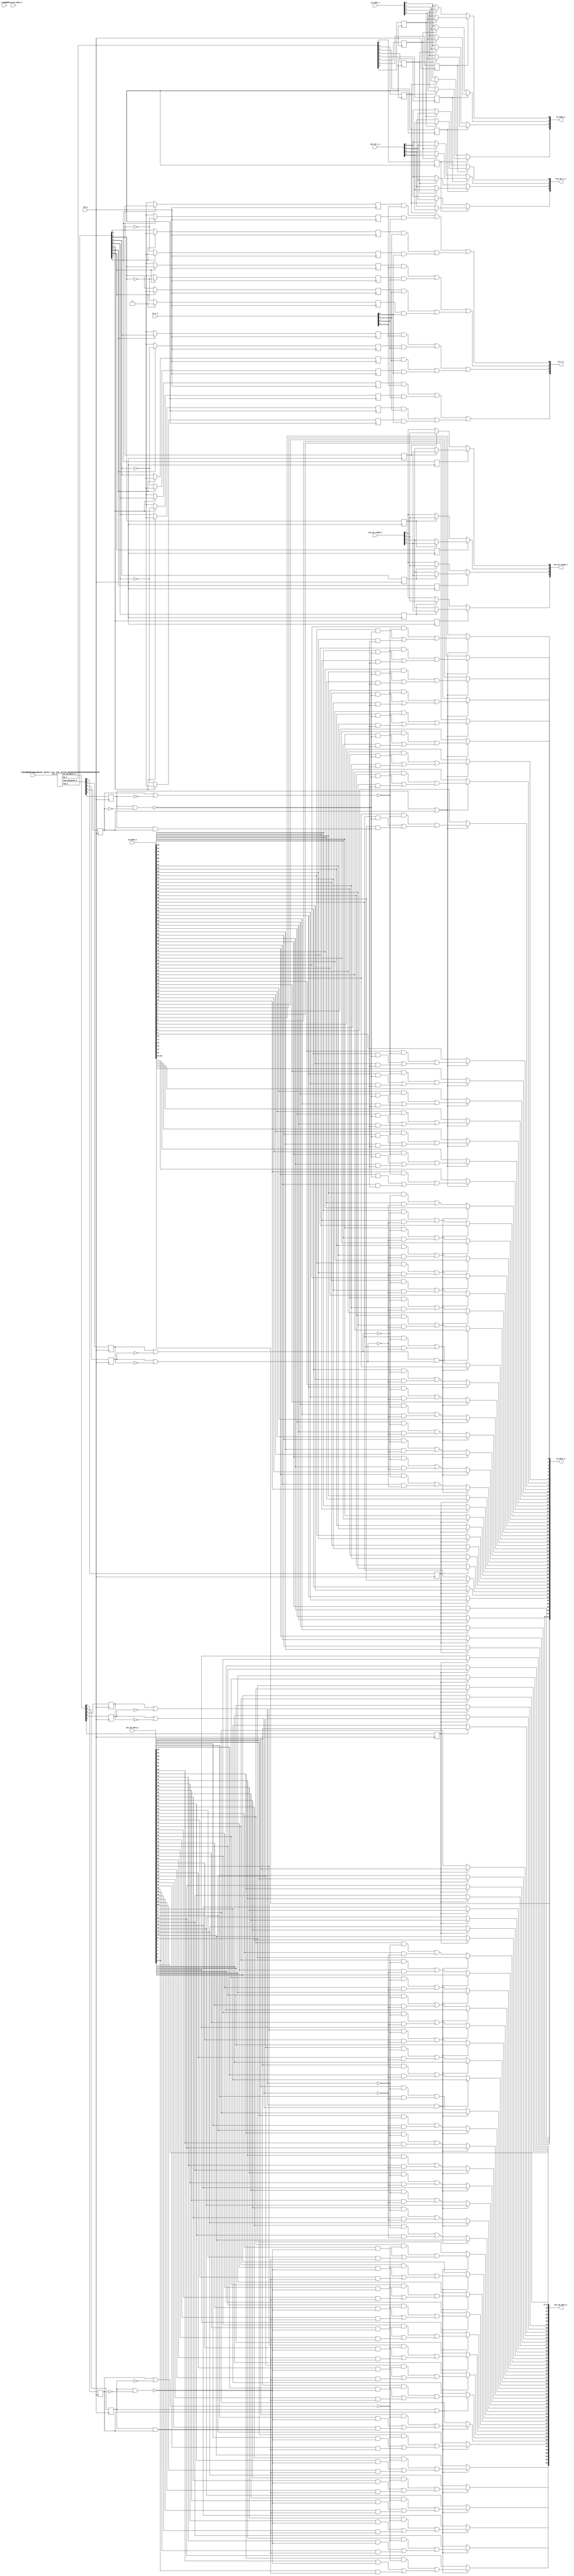
/* Generated by Yosys 0.27+9 (git sha1 101d19bb6, gcc 11.2.0-7ubuntu2 -fPIC -Os) */


module \$paramod\bsg_scatter_gather\vec_size_lp=s32'00000000000000000000000000000100 (vec_i, fwd_o, fwd_datapath_o, bk_o, bk_datapath_o);
  wire _00_;
  wire _01_;
  wire _02_;
  wire _03_;
  wire _04_;
  wire _05_;
  wire _06_;
  wire _07_;
  wire _08_;
  wire _09_;
  wire _10_;
  wire _11_;
  wire _12_;
  wire _13_;
  wire _14_;
  wire _15_;
  wire _16_;
  
  output [7:0] bk_datapath_o;
  wire [7:0] bk_datapath_o;
  
  output [7:0] bk_o;
  wire [7:0] bk_o;
  
  output [7:0] fwd_datapath_o;
  wire [7:0] fwd_datapath_o;
  
  output [7:0] fwd_o;
  wire [7:0] fwd_o;
  
  input [3:0] vec_i;
  wire [3:0] vec_i;
  assign bk_o[1] = ~vec_i[0];
  assign fwd_o[3] = ~(vec_i[1] & vec_i[0]);
  assign bk_datapath_o[5] = vec_i[2] & ~(fwd_o[3]);
  assign bk_datapath_o[2] = vec_i[1] & vec_i[0];
  assign _00_ = ~vec_i[3];
  assign _01_ = ~vec_i[2];
  assign _02_ = vec_i[1] ^ vec_i[0];
  assign _03_ = ~(vec_i[1] ^ vec_i[0]);
  assign _04_ = vec_i[2] ? _03_ : _02_;
  assign bk_datapath_o[6] = _04_ & ~(_00_);
  assign _05_ = vec_i[1] | vec_i[0];
  assign _06_ = vec_i[2] ? _05_ : bk_datapath_o[2];
  assign bk_datapath_o[7] = _06_ & ~(_00_);
  assign bk_o[4] = ~(_03_ & vec_i[2]);
  assign bk_o[5] = bk_datapath_o[2] | _01_;
  assign fwd_o[1] = ~(vec_i[1] | vec_i[0]);
  assign bk_o[2] = vec_i[0] | ~(vec_i[1]);
  assign _07_ = _03_ | _01_;
  assign _08_ = vec_i[2] ? _03_ : _05_;
  assign fwd_o[2] = vec_i[3] ? _08_ : _07_;
  assign _09_ = fwd_o[3] | _01_;
  assign _10_ = vec_i[2] ? fwd_o[3] : bk_datapath_o[2];
  assign fwd_o[4] = vec_i[3] ? _10_ : _09_;
  assign _11_ = _05_ | _01_;
  assign fwd_o[5] = _11_ | _00_;
  assign _12_ = bk_o[2] & ~(_01_);
  assign fwd_o[6] = _12_ | _00_;
  assign fwd_o[7] = bk_o[5] | _00_;
  assign bk_o[6] = _04_ | _00_;
  assign bk_o[7] = _06_ | _00_;
  assign _13_ = vec_i[1] & ~(vec_i[0]);
  assign fwd_o[0] = vec_i[2] ? _13_ : bk_o[1];
  assign fwd_datapath_o[0] = vec_i[3] ? fwd_o[0] : _13_;
  assign _14_ = vec_i[2] & ~(_05_);
  assign fwd_datapath_o[1] = vec_i[3] ? fwd_o[1] : _14_;
  assign _15_ = vec_i[2] ? _05_ : _03_;
  assign fwd_datapath_o[3] = vec_i[3] & ~(_15_);
  assign _16_ = vec_i[2] ? _03_ : fwd_o[3];
  assign fwd_datapath_o[4] = vec_i[3] & ~(_16_);
  assign bk_datapath_o[4] = vec_i[2] & ~(_03_);
  assign bk_o[3] = ~vec_i[1];
  assign { bk_datapath_o[3], bk_datapath_o[1:0] } = 3'h0;
  assign bk_o[0] = bk_o[1];
  assign { fwd_datapath_o[7:5], fwd_datapath_o[2] } = { 3'h0, bk_datapath_o[4] };
endmodule

(* top =  1  *)

module bsg_sbox(clk_i, reset_i, calibration_done_i, channel_active_i, in_v_i, in_data_i, in_yumi_o, in_v_o, in_data_o, in_yumi_i, out_me_v_i, out_me_data_i, out_me_ready_o, out_me_v_o, out_me_data_o, out_me_ready_i);
  wire _000_;
  wire _001_;
  wire _002_;
  wire _003_;
  wire _004_;
  wire _005_;
  wire _006_;
  wire _007_;
  wire _008_;
  wire _009_;
  wire _010_;
  wire _011_;
  wire _012_;
  wire _013_;
  wire _014_;
  wire _015_;
  wire _016_;
  wire _017_;
  wire _018_;
  wire _019_;
  wire _020_;
  wire _021_;
  wire _022_;
  wire _023_;
  wire _024_;
  wire _025_;
  wire _026_;
  wire _027_;
  wire _028_;
  wire _029_;
  wire _030_;
  wire _031_;
  wire _032_;
  wire _033_;
  wire _034_;
  wire _035_;
  wire _036_;
  wire _037_;
  wire _038_;
  wire _039_;
  wire _040_;
  wire _041_;
  wire _042_;
  wire _043_;
  wire _044_;
  wire _045_;
  wire _046_;
  wire _047_;
  wire _048_;
  wire _049_;
  wire _050_;
  wire _051_;
  wire _052_;
  wire _053_;
  wire _054_;
  wire _055_;
  wire _056_;
  wire _057_;
  wire _058_;
  wire _059_;
  wire _060_;
  wire _061_;
  wire _062_;
  wire _063_;
  wire _064_;
  wire _065_;
  wire _066_;
  wire _067_;
  wire _068_;
  wire _069_;
  wire _070_;
  wire _071_;
  wire _072_;
  wire _073_;
  wire _074_;
  wire _075_;
  wire _076_;
  wire _077_;
  wire _078_;
  wire _079_;
  wire _080_;
  wire _081_;
  wire _082_;
  wire _083_;
  wire _084_;
  wire _085_;
  wire _086_;
  wire _087_;
  wire _088_;
  wire _089_;
  wire _090_;
  wire _091_;
  wire _092_;
  wire _093_;
  wire _094_;
  wire _095_;
  wire _096_;
  wire _097_;
  wire _098_;
  wire _099_;
  wire _100_;
  wire _101_;
  wire _102_;
  wire _103_;
  wire _104_;
  wire _105_;
  wire _106_;
  wire _107_;
  wire _108_;
  wire _109_;
  wire _110_;
  wire _111_;
  wire _112_;
  wire _113_;
  wire _114_;
  wire _115_;
  wire _116_;
  wire _117_;
  wire _118_;
  wire _119_;
  wire _120_;
  wire _121_;
  wire _122_;
  wire _123_;
  wire _124_;
  wire _125_;
  wire _126_;
  wire _127_;
  wire _128_;
  wire _129_;
  wire _130_;
  wire _131_;
  wire _132_;
  wire _133_;
  wire _134_;
  wire _135_;
  wire _136_;
  wire _137_;
  wire _138_;
  wire _139_;
  wire _140_;
  wire _141_;
  wire _142_;
  wire _143_;
  wire _144_;
  wire _145_;
  wire _146_;
  wire _147_;
  wire _148_;
  wire _149_;
  wire _150_;
  wire _151_;
  wire _152_;
  wire _153_;
  wire _154_;
  wire _155_;
  wire _156_;
  wire _157_;
  wire _158_;
  wire _159_;
  wire _160_;
  wire _161_;
  wire _162_;
  wire _163_;
  wire _164_;
  wire _165_;
  wire _166_;
  wire _167_;
  wire _168_;
  wire _169_;
  wire _170_;
  wire _171_;
  wire _172_;
  wire _173_;
  wire _174_;
  wire _175_;
  wire _176_;
  wire _177_;
  wire _178_;
  wire _179_;
  wire _180_;
  wire _181_;
  wire _182_;
  wire _183_;
  wire _184_;
  wire _185_;
  wire _186_;
  wire _187_;
  wire _188_;
  wire _189_;
  wire _190_;
  wire _191_;
  wire _192_;
  wire _193_;
  wire _194_;
  wire _195_;
  wire _196_;
  wire _197_;
  wire _198_;
  wire _199_;
  wire _200_;
  wire _201_;
  wire _202_;
  wire _203_;
  wire _204_;
  wire _205_;
  wire _206_;
  wire _207_;
  wire _208_;
  wire _209_;
  wire _210_;
  wire _211_;
  wire _212_;
  wire _213_;
  wire _214_;
  wire _215_;
  wire _216_;
  wire _217_;
  wire _218_;
  wire _219_;
  wire _220_;
  wire _221_;
  wire _222_;
  wire _223_;
  wire _224_;
  wire _225_;
  wire _226_;
  wire _227_;
  wire _228_;
  wire _229_;
  wire _230_;
  wire _231_;
  wire _232_;
  wire _233_;
  wire _234_;
  wire _235_;
  wire _236_;
  wire _237_;
  wire _238_;
  wire _239_;
  wire _240_;
  wire _241_;
  wire _242_;
  wire _243_;
  wire _244_;
  wire _245_;
  wire _246_;
  wire _247_;
  wire _248_;
  wire _249_;
  wire _250_;
  wire _251_;
  wire _252_;
  wire _253_;
  wire _254_;
  wire _255_;
  wire _256_;
  wire _257_;
  wire _258_;
  wire _259_;
  wire _260_;
  wire _261_;
  wire _262_;
  wire _263_;
  wire _264_;
  wire _265_;
  wire _266_;
  wire _267_;
  wire _268_;
  wire _269_;
  wire _270_;
  wire _271_;
  wire _272_;
  wire _273_;
  wire _274_;
  wire _275_;
  wire _276_;
  wire _277_;
  wire _278_;
  wire _279_;
  wire _280_;
  wire _281_;
  wire _282_;
  wire _283_;
  wire _284_;
  wire _285_;
  wire _286_;
  wire _287_;
  wire _288_;
  wire _289_;
  wire _290_;
  wire _291_;
  wire _292_;
  wire _293_;
  wire _294_;
  wire _295_;
  wire _296_;
  wire _297_;
  wire _298_;
  wire _299_;
  wire _300_;
  wire _301_;
  wire _302_;
  wire _303_;
  wire _304_;
  wire _305_;
  wire _306_;
  wire _307_;
  wire _308_;
  wire _309_;
  wire _310_;
  wire _311_;
  wire _312_;
  wire _313_;
  wire _314_;
  wire _315_;
  wire _316_;
  wire _317_;
  
  wire _318_;
  
  wire _319_;
  
  wire _320_;
  
  wire _321_;
  
  (* unused_bits = "0 1 3" *)
  wire [7:0] bk_dpath_sel;
  
  (* unused_bits = "0 1 3" *)
  wire [7:0] bk_dpath_sel_r;
  
  wire [7:0] bk_sel;
  
  reg [7:0] bk_sel_r;
  
  input calibration_done_i;
  wire calibration_done_i;
  
  input [3:0] channel_active_i;
  wire [3:0] channel_active_i;
  
  input clk_i;
  wire clk_i;
  
  (* unused_bits = "5 6 7" *)
  wire [7:0] fwd_dpath_sel;
  (* unused_bits = "5 6" *)
  wire [6:0] fwd_dpath_sel_r;
  
  wire [7:0] fwd_sel;
  
  reg [7:0] fwd_sel_r;
  
  input [63:0] in_data_i;
  wire [63:0] in_data_i;
  
  output [63:0] in_data_o;
  wire [63:0] in_data_o;
  
  wire [15:0] \in_data_o_int[0] ;
  
  wire [15:0] \in_data_o_int[1] ;
  
  wire [15:0] \in_data_o_int[2] ;
  
  wire [15:0] \in_data_o_int[3] ;
  
  input [3:0] in_v_i;
  wire [3:0] in_v_i;
  
  output [3:0] in_v_o;
  wire [3:0] in_v_o;
  
  wire [3:0] in_v_o_int;
  
  input [3:0] in_yumi_i;
  wire [3:0] in_yumi_i;
  
  wire [3:0] in_yumi_i_int;
  
  output [3:0] in_yumi_o;
  wire [3:0] in_yumi_o;
  
  input [63:0] out_me_data_i;
  wire [63:0] out_me_data_i;
  
  wire [15:0] \out_me_data_i_int[0] ;
  
  wire [15:0] \out_me_data_i_int[1] ;
  
  wire [15:0] \out_me_data_i_int[2] ;
  
  wire [15:0] \out_me_data_i_int[3] ;
  
  output [63:0] out_me_data_o;
  wire [63:0] out_me_data_o;
  
  input [3:0] out_me_ready_i;
  wire [3:0] out_me_ready_i;
  
  output [3:0] out_me_ready_o;
  wire [3:0] out_me_ready_o;
  
  wire [3:0] out_me_ready_o_int;
  
  input [3:0] out_me_v_i;
  wire [3:0] out_me_v_i;
  
  wire [3:0] out_me_v_i_int;
  
  output [3:0] out_me_v_o;
  wire [3:0] out_me_v_o;
  
  input reset_i;
  wire reset_i;
  
  wire [15:0] \sbox[0].backward[0] ;
  reg [3:0] \sbox[0].fi1hot.fwd_sel_one_hot_r ;
  
  wire [15:0] \sbox[0].forward[0] ;
  
  wire [15:0] \sbox[0].forward[1] ;
  
  wire [15:0] \sbox[0].forward[2] ;
  
  wire [15:0] \sbox[0].forward[3] ;
  
  wire [15:0] \sbox[1].backward[0] ;
  
  wire [15:0] \sbox[1].backward[1] ;
  wire [7:0] \sbox[1].fi1hot.fwd_sel_one_hot_r ;
  
  wire [15:0] \sbox[1].forward[0] ;
  
  wire [15:0] \sbox[1].forward[1] ;
  
  wire [15:0] \sbox[1].forward[2] ;
  
  wire [15:0] \sbox[2].backward[0] ;
  
  wire [15:0] \sbox[2].backward[1] ;
  
  wire [15:0] \sbox[2].backward[2] ;
  
  wire [15:0] \sbox[2].fi1hot.fwd_sel_one_hot_r ;
  
  wire [15:0] \sbox[2].forward[0] ;
  
  wire [15:0] \sbox[2].forward[1] ;
  
  wire [15:0] \sbox[3].backward[0] ;
  
  wire [15:0] \sbox[3].backward[1] ;
  
  wire [15:0] \sbox[3].backward[2] ;
  
  wire [15:0] \sbox[3].backward[3] ;
  
  wire [15:0] \sbox[3].fi1hot.fwd_sel_one_hot_r ;
  
  wire [15:0] \sbox[3].forward[0] ;
  assign _000_ = \sbox[0].fi1hot.fwd_sel_one_hot_r [0] & in_v_i[0];
  assign _001_ = \sbox[0].fi1hot.fwd_sel_one_hot_r [1] & in_v_i[1];
  assign _002_ = _001_ | _000_;
  assign _003_ = \sbox[0].fi1hot.fwd_sel_one_hot_r [2] & in_v_i[2];
  assign _004_ = \sbox[0].fi1hot.fwd_sel_one_hot_r [3] & in_v_i[3];
  assign _005_ = _004_ | _003_;
  assign in_v_o[0] = _005_ | _002_;
  assign _006_ = \sbox[1].fi1hot.fwd_sel_one_hot_r [4] & in_v_i[0];
  assign _007_ = \sbox[1].fi1hot.fwd_sel_one_hot_r [5] & in_v_i[1];
  assign _008_ = _007_ | _006_;
  assign _009_ = \sbox[1].fi1hot.fwd_sel_one_hot_r [6] & in_v_i[2];
  assign _010_ = \sbox[1].fi1hot.fwd_sel_one_hot_r [7] & in_v_i[3];
  assign _011_ = _010_ | _009_;
  assign in_v_o[1] = _011_ | _008_;
  assign _012_ = \sbox[2].fi1hot.fwd_sel_one_hot_r [8] & in_v_i[0];
  assign _013_ = \sbox[2].fi1hot.fwd_sel_one_hot_r [9] & in_v_i[1];
  assign _014_ = _013_ | _012_;
  assign _015_ = \sbox[2].fi1hot.fwd_sel_one_hot_r [10] & in_v_i[2];
  assign _016_ = \sbox[2].fi1hot.fwd_sel_one_hot_r [11] & in_v_i[3];
  assign _017_ = _016_ | _015_;
  assign in_v_o[2] = _017_ | _014_;
  assign _018_ = \sbox[3].fi1hot.fwd_sel_one_hot_r [12] & in_v_i[0];
  assign _019_ = \sbox[3].fi1hot.fwd_sel_one_hot_r [13] & in_v_i[1];
  assign _020_ = _019_ | _018_;
  assign _021_ = \sbox[3].fi1hot.fwd_sel_one_hot_r [14] & in_v_i[2];
  assign _022_ = \sbox[3].fi1hot.fwd_sel_one_hot_r [15] & in_v_i[3];
  assign _023_ = _022_ | _021_;
  assign in_v_o[3] = _023_ | _020_;
  assign _024_ = bk_dpath_sel_r[4] | ~(bk_dpath_sel_r[5]);
  assign _025_ = bk_dpath_sel_r[5] | ~(bk_dpath_sel_r[4]);
  assign _026_ = _025_ & _024_;
  assign _027_ = out_me_data_i[39] & ~(_024_);
  assign _028_ = out_me_data_i[23] & ~(_025_);
  assign _029_ = _028_ | _027_;
  assign out_me_data_o[39] = _026_ ? out_me_data_i[7] : _029_;
  assign _030_ = out_me_data_i[40] & ~(_024_);
  assign _031_ = out_me_data_i[24] & ~(_025_);
  assign _032_ = _031_ | _030_;
  assign out_me_data_o[40] = _026_ ? out_me_data_i[8] : _032_;
  assign _033_ = out_me_data_i[41] & ~(_024_);
  assign _034_ = out_me_data_i[25] & ~(_025_);
  assign _035_ = _034_ | _033_;
  assign out_me_data_o[41] = _026_ ? out_me_data_i[9] : _035_;
  assign _036_ = out_me_data_i[42] & ~(_024_);
  assign _037_ = out_me_data_i[26] & ~(_025_);
  assign _038_ = _037_ | _036_;
  assign out_me_data_o[42] = _026_ ? out_me_data_i[10] : _038_;
  assign _039_ = out_me_data_i[43] & ~(_024_);
  assign _040_ = out_me_data_i[27] & ~(_025_);
  assign _041_ = _040_ | _039_;
  assign out_me_data_o[43] = _026_ ? out_me_data_i[11] : _041_;
  assign _042_ = out_me_data_i[44] & ~(_024_);
  assign _043_ = out_me_data_i[28] & ~(_025_);
  assign _044_ = _043_ | _042_;
  assign out_me_data_o[44] = _026_ ? out_me_data_i[12] : _044_;
  assign _045_ = out_me_data_i[45] & ~(_024_);
  assign _046_ = out_me_data_i[29] & ~(_025_);
  assign _047_ = _046_ | _045_;
  assign out_me_data_o[45] = _026_ ? out_me_data_i[13] : _047_;
  assign _048_ = out_me_data_i[46] & ~(_024_);
  assign _049_ = out_me_data_i[30] & ~(_025_);
  assign _050_ = _049_ | _048_;
  assign out_me_data_o[46] = _026_ ? out_me_data_i[14] : _050_;
  assign _051_ = out_me_data_i[47] & ~(_024_);
  assign _052_ = out_me_data_i[31] & ~(_025_);
  assign _053_ = _052_ | _051_;
  assign out_me_data_o[47] = _026_ ? out_me_data_i[15] : _053_;
  assign _054_ = fwd_dpath_sel_r[2] | ~(fwd_dpath_sel_r[3]);
  assign _055_ = fwd_dpath_sel_r[3] | ~(fwd_dpath_sel_r[2]);
  assign _056_ = _055_ & _054_;
  assign _057_ = in_data_i[48] & ~(_054_);
  assign _058_ = in_data_i[32] & ~(_055_);
  assign _059_ = _058_ | _057_;
  assign in_data_o[16] = _056_ ? in_data_i[16] : _059_;
  assign _060_ = in_data_i[49] & ~(_054_);
  assign _061_ = in_data_i[33] & ~(_055_);
  assign _062_ = _061_ | _060_;
  assign in_data_o[17] = _056_ ? in_data_i[17] : _062_;
  assign _063_ = in_data_i[50] & ~(_054_);
  assign _064_ = in_data_i[34] & ~(_055_);
  assign _065_ = _064_ | _063_;
  assign in_data_o[18] = _056_ ? in_data_i[18] : _065_;
  assign _066_ = in_data_i[51] & ~(_054_);
  assign _067_ = in_data_i[35] & ~(_055_);
  assign _068_ = _067_ | _066_;
  assign in_data_o[19] = _056_ ? in_data_i[19] : _068_;
  assign _069_ = in_data_i[52] & ~(_054_);
  assign _070_ = in_data_i[36] & ~(_055_);
  assign _071_ = _070_ | _069_;
  assign in_data_o[20] = _056_ ? in_data_i[20] : _071_;
  assign _072_ = in_data_i[53] & ~(_054_);
  assign _073_ = in_data_i[37] & ~(_055_);
  assign _074_ = _073_ | _072_;
  assign in_data_o[21] = _056_ ? in_data_i[21] : _074_;
  assign _075_ = in_data_i[54] & ~(_054_);
  assign _076_ = in_data_i[38] & ~(_055_);
  assign _077_ = _076_ | _075_;
  assign in_data_o[22] = _056_ ? in_data_i[22] : _077_;
  assign _078_ = in_data_i[55] & ~(_054_);
  assign _079_ = in_data_i[39] & ~(_055_);
  assign _080_ = _079_ | _078_;
  assign in_data_o[23] = _056_ ? in_data_i[23] : _080_;
  assign _081_ = in_data_i[56] & ~(_054_);
  assign _082_ = in_data_i[40] & ~(_055_);
  assign _083_ = _082_ | _081_;
  assign in_data_o[24] = _056_ ? in_data_i[24] : _083_;
  assign _084_ = in_data_i[57] & ~(_054_);
  assign _085_ = in_data_i[41] & ~(_055_);
  assign _086_ = _085_ | _084_;
  assign in_data_o[25] = _056_ ? in_data_i[25] : _086_;
  assign _087_ = in_data_i[58] & ~(_054_);
  assign _088_ = in_data_i[42] & ~(_055_);
  assign _089_ = _088_ | _087_;
  assign in_data_o[26] = _056_ ? in_data_i[26] : _089_;
  assign _090_ = in_data_i[59] & ~(_054_);
  assign _091_ = in_data_i[43] & ~(_055_);
  assign _092_ = _091_ | _090_;
  assign in_data_o[27] = _056_ ? in_data_i[27] : _092_;
  assign _093_ = in_data_i[60] & ~(_054_);
  assign _094_ = in_data_i[44] & ~(_055_);
  assign _095_ = _094_ | _093_;
  assign in_data_o[28] = _056_ ? in_data_i[28] : _095_;
  assign _096_ = in_data_i[61] & ~(_054_);
  assign _097_ = in_data_i[45] & ~(_055_);
  assign _098_ = _097_ | _096_;
  assign in_data_o[29] = _056_ ? in_data_i[29] : _098_;
  assign _099_ = in_data_i[62] & ~(_054_);
  assign _100_ = in_data_i[46] & ~(_055_);
  assign _101_ = _100_ | _099_;
  assign in_data_o[30] = _056_ ? in_data_i[30] : _101_;
  assign _102_ = in_data_i[63] & ~(_054_);
  assign _103_ = in_data_i[47] & ~(_055_);
  assign _104_ = _103_ | _102_;
  assign in_data_o[31] = _056_ ? in_data_i[31] : _104_;
  assign _105_ = ~(fwd_dpath_sel_r[0] | fwd_dpath_sel_r[1]);
  assign _106_ = ~(fwd_dpath_sel_r[0] & fwd_dpath_sel_r[1]);
  assign _107_ = in_data_i[48] & ~(_106_);
  assign _108_ = fwd_dpath_sel_r[0] | ~(fwd_dpath_sel_r[1]);
  assign _109_ = in_data_i[32] & ~(_108_);
  assign _110_ = _109_ | _107_;
  assign _111_ = fwd_dpath_sel_r[1] | ~(fwd_dpath_sel_r[0]);
  assign _112_ = in_data_i[16] & ~(_111_);
  assign _113_ = _112_ | _110_;
  assign in_data_o[0] = _105_ ? in_data_i[0] : _113_;
  assign _114_ = in_data_i[49] & ~(_106_);
  assign _115_ = in_data_i[33] & ~(_108_);
  assign _116_ = _115_ | _114_;
  assign _117_ = in_data_i[17] & ~(_111_);
  assign _118_ = _117_ | _116_;
  assign in_data_o[1] = _105_ ? in_data_i[1] : _118_;
  assign _119_ = in_data_i[50] & ~(_106_);
  assign _120_ = in_data_i[34] & ~(_108_);
  assign _121_ = _120_ | _119_;
  assign _122_ = in_data_i[18] & ~(_111_);
  assign _123_ = _122_ | _121_;
  assign in_data_o[2] = _105_ ? in_data_i[2] : _123_;
  assign _124_ = in_data_i[51] & ~(_106_);
  assign _125_ = in_data_i[35] & ~(_108_);
  assign _126_ = _125_ | _124_;
  assign _127_ = in_data_i[19] & ~(_111_);
  assign _128_ = _127_ | _126_;
  assign in_data_o[3] = _105_ ? in_data_i[3] : _128_;
  assign _129_ = in_data_i[52] & ~(_106_);
  assign _130_ = in_data_i[36] & ~(_108_);
  assign _131_ = _130_ | _129_;
  assign _132_ = in_data_i[20] & ~(_111_);
  assign _133_ = _132_ | _131_;
  assign in_data_o[4] = _105_ ? in_data_i[4] : _133_;
  assign _134_ = in_data_i[53] & ~(_106_);
  assign _135_ = in_data_i[37] & ~(_108_);
  assign _136_ = _135_ | _134_;
  assign _137_ = in_data_i[21] & ~(_111_);
  assign _138_ = _137_ | _136_;
  assign in_data_o[5] = _105_ ? in_data_i[5] : _138_;
  assign _139_ = in_data_i[54] & ~(_106_);
  assign _140_ = in_data_i[38] & ~(_108_);
  assign _141_ = _140_ | _139_;
  assign _142_ = in_data_i[22] & ~(_111_);
  assign _143_ = _142_ | _141_;
  assign in_data_o[6] = _105_ ? in_data_i[6] : _143_;
  assign _144_ = in_data_i[55] & ~(_106_);
  assign _145_ = in_data_i[39] & ~(_108_);
  assign _146_ = _145_ | _144_;
  assign _147_ = in_data_i[23] & ~(_111_);
  assign _148_ = _147_ | _146_;
  assign in_data_o[7] = _105_ ? in_data_i[7] : _148_;
  assign _149_ = in_data_i[56] & ~(_106_);
  assign _150_ = in_data_i[40] & ~(_108_);
  assign _151_ = _150_ | _149_;
  assign _152_ = in_data_i[24] & ~(_111_);
  assign _153_ = _152_ | _151_;
  assign in_data_o[8] = _105_ ? in_data_i[8] : _153_;
  assign _154_ = in_data_i[57] & ~(_106_);
  assign _155_ = in_data_i[41] & ~(_108_);
  assign _156_ = _155_ | _154_;
  assign _157_ = in_data_i[25] & ~(_111_);
  assign _158_ = _157_ | _156_;
  assign in_data_o[9] = _105_ ? in_data_i[9] : _158_;
  assign _159_ = in_data_i[58] & ~(_106_);
  assign _160_ = in_data_i[42] & ~(_108_);
  assign _161_ = _160_ | _159_;
  assign _162_ = in_data_i[26] & ~(_111_);
  assign _163_ = _162_ | _161_;
  assign in_data_o[10] = _105_ ? in_data_i[10] : _163_;
  assign _164_ = in_data_i[59] & ~(_106_);
  assign _165_ = in_data_i[43] & ~(_108_);
  assign _166_ = _165_ | _164_;
  assign _167_ = in_data_i[27] & ~(_111_);
  assign _168_ = _167_ | _166_;
  assign in_data_o[11] = _105_ ? in_data_i[11] : _168_;
  assign _169_ = in_data_i[60] & ~(_106_);
  assign _170_ = in_data_i[44] & ~(_108_);
  assign _171_ = _170_ | _169_;
  assign _172_ = in_data_i[28] & ~(_111_);
  assign _173_ = _172_ | _171_;
  assign in_data_o[12] = _105_ ? in_data_i[12] : _173_;
  assign _174_ = in_data_i[61] & ~(_106_);
  assign _175_ = in_data_i[45] & ~(_108_);
  assign _176_ = _175_ | _174_;
  assign _177_ = in_data_i[29] & ~(_111_);
  assign _178_ = _177_ | _176_;
  assign in_data_o[13] = _105_ ? in_data_i[13] : _178_;
  assign _179_ = in_data_i[62] & ~(_106_);
  assign _180_ = in_data_i[46] & ~(_108_);
  assign _181_ = _180_ | _179_;
  assign _182_ = in_data_i[30] & ~(_111_);
  assign _183_ = _182_ | _181_;
  assign in_data_o[14] = _105_ ? in_data_i[14] : _183_;
  assign _184_ = in_data_i[63] & ~(_106_);
  assign _185_ = in_data_i[47] & ~(_108_);
  assign _186_ = _185_ | _184_;
  assign _187_ = in_data_i[31] & ~(_111_);
  assign _188_ = _187_ | _186_;
  assign in_data_o[15] = _105_ ? in_data_i[15] : _188_;
  assign out_me_data_o[16] = bk_dpath_sel_r[2] ? out_me_data_i[16] : out_me_data_i[0];
  assign out_me_data_o[17] = bk_dpath_sel_r[2] ? out_me_data_i[17] : out_me_data_i[1];
  assign out_me_data_o[18] = bk_dpath_sel_r[2] ? out_me_data_i[18] : out_me_data_i[2];
  assign out_me_data_o[19] = bk_dpath_sel_r[2] ? out_me_data_i[19] : out_me_data_i[3];
  assign out_me_data_o[20] = bk_dpath_sel_r[2] ? out_me_data_i[20] : out_me_data_i[4];
  assign out_me_data_o[21] = bk_dpath_sel_r[2] ? out_me_data_i[21] : out_me_data_i[5];
  assign out_me_data_o[22] = bk_dpath_sel_r[2] ? out_me_data_i[22] : out_me_data_i[6];
  assign out_me_data_o[23] = bk_dpath_sel_r[2] ? out_me_data_i[23] : out_me_data_i[7];
  assign out_me_data_o[24] = bk_dpath_sel_r[2] ? out_me_data_i[24] : out_me_data_i[8];
  assign out_me_data_o[25] = bk_dpath_sel_r[2] ? out_me_data_i[25] : out_me_data_i[9];
  assign out_me_data_o[26] = bk_dpath_sel_r[2] ? out_me_data_i[26] : out_me_data_i[10];
  assign out_me_data_o[27] = bk_dpath_sel_r[2] ? out_me_data_i[27] : out_me_data_i[11];
  assign out_me_data_o[28] = bk_dpath_sel_r[2] ? out_me_data_i[28] : out_me_data_i[12];
  assign out_me_data_o[29] = bk_dpath_sel_r[2] ? out_me_data_i[29] : out_me_data_i[13];
  assign out_me_data_o[30] = bk_dpath_sel_r[2] ? out_me_data_i[30] : out_me_data_i[14];
  assign out_me_data_o[31] = bk_dpath_sel_r[2] ? out_me_data_i[31] : out_me_data_i[15];
  assign in_data_o[32] = fwd_dpath_sel_r[4] ? in_data_i[48] : in_data_i[32];
  assign in_data_o[33] = fwd_dpath_sel_r[4] ? in_data_i[49] : in_data_i[33];
  assign in_data_o[34] = fwd_dpath_sel_r[4] ? in_data_i[50] : in_data_i[34];
  assign in_data_o[35] = fwd_dpath_sel_r[4] ? in_data_i[51] : in_data_i[35];
  assign in_data_o[36] = fwd_dpath_sel_r[4] ? in_data_i[52] : in_data_i[36];
  assign in_data_o[37] = fwd_dpath_sel_r[4] ? in_data_i[53] : in_data_i[37];
  assign in_data_o[38] = fwd_dpath_sel_r[4] ? in_data_i[54] : in_data_i[38];
  assign in_data_o[39] = fwd_dpath_sel_r[4] ? in_data_i[55] : in_data_i[39];
  assign in_data_o[40] = fwd_dpath_sel_r[4] ? in_data_i[56] : in_data_i[40];
  assign in_data_o[41] = fwd_dpath_sel_r[4] ? in_data_i[57] : in_data_i[41];
  assign in_data_o[42] = fwd_dpath_sel_r[4] ? in_data_i[58] : in_data_i[42];
  assign in_data_o[43] = fwd_dpath_sel_r[4] ? in_data_i[59] : in_data_i[43];
  assign in_data_o[44] = fwd_dpath_sel_r[4] ? in_data_i[60] : in_data_i[44];
  assign in_data_o[45] = fwd_dpath_sel_r[4] ? in_data_i[61] : in_data_i[45];
  assign in_data_o[46] = fwd_dpath_sel_r[4] ? in_data_i[62] : in_data_i[46];
  assign in_data_o[47] = fwd_dpath_sel_r[4] ? in_data_i[63] : in_data_i[47];
  assign _189_ = bk_sel_r[0] ? in_yumi_i[1] : in_yumi_i[0];
  assign _190_ = bk_sel_r[0] ? in_yumi_i[3] : in_yumi_i[2];
  assign in_yumi_o[0] = bk_sel_r[1] ? _190_ : _189_;
  assign _191_ = bk_sel_r[0] ? out_me_v_i[1] : out_me_v_i[0];
  assign _192_ = bk_sel_r[0] ? out_me_v_i[3] : out_me_v_i[2];
  assign out_me_v_o[0] = bk_sel_r[1] ? _192_ : _191_;
  assign _193_ = fwd_sel_r[0] ? out_me_ready_i[1] : out_me_ready_i[0];
  assign _194_ = fwd_sel_r[0] ? out_me_ready_i[3] : out_me_ready_i[2];
  assign out_me_ready_o[0] = fwd_sel_r[1] ? _194_ : _193_;
  assign _195_ = bk_sel_r[2] ? in_yumi_i[1] : in_yumi_i[0];
  assign _196_ = bk_sel_r[2] ? in_yumi_i[3] : in_yumi_i[2];
  assign in_yumi_o[1] = bk_sel_r[3] ? _196_ : _195_;
  assign _197_ = bk_sel_r[2] ? out_me_v_i[1] : out_me_v_i[0];
  assign _198_ = bk_sel_r[2] ? out_me_v_i[3] : out_me_v_i[2];
  assign out_me_v_o[1] = bk_sel_r[3] ? _198_ : _197_;
  assign _199_ = fwd_sel_r[2] ? out_me_ready_i[1] : out_me_ready_i[0];
  assign _200_ = fwd_sel_r[2] ? out_me_ready_i[3] : out_me_ready_i[2];
  assign out_me_ready_o[1] = fwd_sel_r[3] ? _200_ : _199_;
  assign _201_ = bk_sel_r[4] ? in_yumi_i[1] : in_yumi_i[0];
  assign _202_ = bk_sel_r[4] ? in_yumi_i[3] : in_yumi_i[2];
  assign in_yumi_o[2] = bk_sel_r[5] ? _202_ : _201_;
  assign _203_ = bk_sel_r[4] ? out_me_v_i[1] : out_me_v_i[0];
  assign _204_ = bk_sel_r[4] ? out_me_v_i[3] : out_me_v_i[2];
  assign out_me_v_o[2] = bk_sel_r[5] ? _204_ : _203_;
  assign _205_ = fwd_sel_r[4] ? out_me_ready_i[1] : out_me_ready_i[0];
  assign _206_ = fwd_sel_r[4] ? out_me_ready_i[3] : out_me_ready_i[2];
  assign out_me_ready_o[2] = fwd_sel_r[5] ? _206_ : _205_;
  assign _207_ = bk_sel_r[6] ? in_yumi_i[1] : in_yumi_i[0];
  assign _208_ = bk_sel_r[6] ? in_yumi_i[3] : in_yumi_i[2];
  assign in_yumi_o[3] = bk_sel_r[7] ? _208_ : _207_;
  assign _209_ = bk_sel_r[6] ? out_me_v_i[1] : out_me_v_i[0];
  assign _210_ = bk_sel_r[6] ? out_me_v_i[3] : out_me_v_i[2];
  assign out_me_v_o[3] = bk_sel_r[7] ? _210_ : _209_;
  assign _211_ = fwd_sel_r[6] ? out_me_ready_i[1] : out_me_ready_i[0];
  assign _212_ = fwd_sel_r[6] ? out_me_ready_i[3] : out_me_ready_i[2];
  assign out_me_ready_o[3] = fwd_sel_r[7] ? _212_ : _211_;
  assign _213_ = ~(bk_dpath_sel_r[6] | bk_dpath_sel_r[7]);
  assign _214_ = ~(bk_dpath_sel_r[6] & bk_dpath_sel_r[7]);
  assign _215_ = out_me_data_i[48] & ~(_214_);
  assign _216_ = bk_dpath_sel_r[6] | ~(bk_dpath_sel_r[7]);
  assign _217_ = out_me_data_i[32] & ~(_216_);
  assign _218_ = _217_ | _215_;
  assign _219_ = bk_dpath_sel_r[7] | ~(bk_dpath_sel_r[6]);
  assign _220_ = out_me_data_i[16] & ~(_219_);
  assign _221_ = _220_ | _218_;
  assign out_me_data_o[48] = _213_ ? out_me_data_i[0] : _221_;
  assign _222_ = out_me_data_i[49] & ~(_214_);
  assign _223_ = out_me_data_i[33] & ~(_216_);
  assign _224_ = _223_ | _222_;
  assign _225_ = out_me_data_i[17] & ~(_219_);
  assign _226_ = _225_ | _224_;
  assign out_me_data_o[49] = _213_ ? out_me_data_i[1] : _226_;
  assign _227_ = out_me_data_i[50] & ~(_214_);
  assign _228_ = out_me_data_i[34] & ~(_216_);
  assign _229_ = _228_ | _227_;
  assign _230_ = out_me_data_i[18] & ~(_219_);
  assign _231_ = _230_ | _229_;
  assign out_me_data_o[50] = _213_ ? out_me_data_i[2] : _231_;
  assign _232_ = out_me_data_i[51] & ~(_214_);
  assign _233_ = out_me_data_i[35] & ~(_216_);
  assign _234_ = _233_ | _232_;
  assign _235_ = out_me_data_i[19] & ~(_219_);
  assign _236_ = _235_ | _234_;
  assign out_me_data_o[51] = _213_ ? out_me_data_i[3] : _236_;
  assign _237_ = out_me_data_i[52] & ~(_214_);
  assign _238_ = out_me_data_i[36] & ~(_216_);
  assign _239_ = _238_ | _237_;
  assign _240_ = out_me_data_i[20] & ~(_219_);
  assign _241_ = _240_ | _239_;
  assign out_me_data_o[52] = _213_ ? out_me_data_i[4] : _241_;
  assign _242_ = out_me_data_i[53] & ~(_214_);
  assign _243_ = out_me_data_i[37] & ~(_216_);
  assign _244_ = _243_ | _242_;
  assign _245_ = out_me_data_i[21] & ~(_219_);
  assign _246_ = _245_ | _244_;
  assign out_me_data_o[53] = _213_ ? out_me_data_i[5] : _246_;
  assign _247_ = out_me_data_i[54] & ~(_214_);
  assign _248_ = out_me_data_i[38] & ~(_216_);
  assign _249_ = _248_ | _247_;
  assign _250_ = out_me_data_i[22] & ~(_219_);
  assign _251_ = _250_ | _249_;
  assign out_me_data_o[54] = _213_ ? out_me_data_i[6] : _251_;
  assign _252_ = out_me_data_i[55] & ~(_214_);
  assign _253_ = out_me_data_i[39] & ~(_216_);
  assign _254_ = _253_ | _252_;
  assign _255_ = out_me_data_i[23] & ~(_219_);
  assign _256_ = _255_ | _254_;
  assign out_me_data_o[55] = _213_ ? out_me_data_i[7] : _256_;
  assign _257_ = out_me_data_i[56] & ~(_214_);
  assign _258_ = out_me_data_i[40] & ~(_216_);
  assign _259_ = _258_ | _257_;
  assign _260_ = out_me_data_i[24] & ~(_219_);
  assign _261_ = _260_ | _259_;
  assign out_me_data_o[56] = _213_ ? out_me_data_i[8] : _261_;
  assign _262_ = out_me_data_i[57] & ~(_214_);
  assign _263_ = out_me_data_i[41] & ~(_216_);
  assign _264_ = _263_ | _262_;
  assign _265_ = out_me_data_i[25] & ~(_219_);
  assign _266_ = _265_ | _264_;
  assign out_me_data_o[57] = _213_ ? out_me_data_i[9] : _266_;
  assign _267_ = out_me_data_i[58] & ~(_214_);
  assign _268_ = out_me_data_i[42] & ~(_216_);
  assign _269_ = _268_ | _267_;
  assign _270_ = out_me_data_i[26] & ~(_219_);
  assign _271_ = _270_ | _269_;
  assign out_me_data_o[58] = _213_ ? out_me_data_i[10] : _271_;
  assign _272_ = out_me_data_i[59] & ~(_214_);
  assign _273_ = out_me_data_i[43] & ~(_216_);
  assign _274_ = _273_ | _272_;
  assign _275_ = out_me_data_i[27] & ~(_219_);
  assign _276_ = _275_ | _274_;
  assign out_me_data_o[59] = _213_ ? out_me_data_i[11] : _276_;
  assign _277_ = out_me_data_i[60] & ~(_214_);
  assign _278_ = out_me_data_i[44] & ~(_216_);
  assign _279_ = _278_ | _277_;
  assign _280_ = out_me_data_i[28] & ~(_219_);
  assign _281_ = _280_ | _279_;
  assign out_me_data_o[60] = _213_ ? out_me_data_i[12] : _281_;
  assign _282_ = out_me_data_i[61] & ~(_214_);
  assign _283_ = out_me_data_i[45] & ~(_216_);
  assign _284_ = _283_ | _282_;
  assign _285_ = out_me_data_i[29] & ~(_219_);
  assign _286_ = _285_ | _284_;
  assign out_me_data_o[61] = _213_ ? out_me_data_i[13] : _286_;
  assign _287_ = out_me_data_i[62] & ~(_214_);
  assign _288_ = out_me_data_i[46] & ~(_216_);
  assign _289_ = _288_ | _287_;
  assign _290_ = out_me_data_i[30] & ~(_219_);
  assign _291_ = _290_ | _289_;
  assign out_me_data_o[62] = _213_ ? out_me_data_i[14] : _291_;
  assign _292_ = out_me_data_i[63] & ~(_214_);
  assign _293_ = out_me_data_i[47] & ~(_216_);
  assign _294_ = _293_ | _292_;
  assign _295_ = out_me_data_i[31] & ~(_219_);
  assign _296_ = _295_ | _294_;
  assign out_me_data_o[63] = _213_ ? out_me_data_i[15] : _296_;
  assign _297_ = out_me_data_i[32] & ~(_024_);
  assign _298_ = out_me_data_i[16] & ~(_025_);
  assign _299_ = _298_ | _297_;
  assign out_me_data_o[32] = _026_ ? out_me_data_i[0] : _299_;
  assign _300_ = out_me_data_i[33] & ~(_024_);
  assign _301_ = out_me_data_i[17] & ~(_025_);
  assign _302_ = _301_ | _300_;
  assign out_me_data_o[33] = _026_ ? out_me_data_i[1] : _302_;
  assign _303_ = out_me_data_i[34] & ~(_024_);
  assign _304_ = out_me_data_i[18] & ~(_025_);
  assign _305_ = _304_ | _303_;
  assign out_me_data_o[34] = _026_ ? out_me_data_i[2] : _305_;
  assign _306_ = out_me_data_i[35] & ~(_024_);
  assign _307_ = out_me_data_i[19] & ~(_025_);
  assign _308_ = _307_ | _306_;
  assign out_me_data_o[35] = _026_ ? out_me_data_i[3] : _308_;
  assign _309_ = out_me_data_i[36] & ~(_024_);
  assign _310_ = out_me_data_i[20] & ~(_025_);
  assign _311_ = _310_ | _309_;
  assign out_me_data_o[36] = _026_ ? out_me_data_i[4] : _311_;
  assign _312_ = out_me_data_i[37] & ~(_024_);
  assign _313_ = out_me_data_i[21] & ~(_025_);
  assign _314_ = _313_ | _312_;
  assign out_me_data_o[37] = _026_ ? out_me_data_i[5] : _314_;
  assign _315_ = out_me_data_i[38] & ~(_024_);
  assign _316_ = out_me_data_i[22] & ~(_025_);
  assign _317_ = _316_ | _315_;
  assign out_me_data_o[38] = _026_ ? out_me_data_i[6] : _317_;
  assign _318_ = ~fwd_sel[0];
  assign _319_ = ~fwd_sel[2];
  assign _320_ = ~fwd_sel[4];
  assign _321_ = ~fwd_sel[6];
  
  always @(posedge clk_i)
    if (!fwd_sel[1]) \sbox[0].fi1hot.fwd_sel_one_hot_r [3] <= 1'h0;
    else \sbox[0].fi1hot.fwd_sel_one_hot_r [3] <= fwd_sel[0];
  reg \sbox_reg[1].fi1hot.fwd_sel_one_hot_r[7] ;
  
  always @(posedge clk_i)
    if (!fwd_sel[3]) \sbox_reg[1].fi1hot.fwd_sel_one_hot_r[7]  <= 1'h0;
    else \sbox_reg[1].fi1hot.fwd_sel_one_hot_r[7]  <= fwd_sel[2];
  assign \sbox[1].fi1hot.fwd_sel_one_hot_r [7] = \sbox_reg[1].fi1hot.fwd_sel_one_hot_r[7] ;
  reg \sbox_reg[2].fi1hot.fwd_sel_one_hot_r[11] ;
  
  always @(posedge clk_i)
    if (!fwd_sel[5]) \sbox_reg[2].fi1hot.fwd_sel_one_hot_r[11]  <= 1'h0;
    else \sbox_reg[2].fi1hot.fwd_sel_one_hot_r[11]  <= fwd_sel[4];
  assign \sbox[2].fi1hot.fwd_sel_one_hot_r [11] = \sbox_reg[2].fi1hot.fwd_sel_one_hot_r[11] ;
  reg \sbox_reg[3].fi1hot.fwd_sel_one_hot_r[15] ;
  
  always @(posedge clk_i)
    if (!fwd_sel[7]) \sbox_reg[3].fi1hot.fwd_sel_one_hot_r[15]  <= 1'h0;
    else \sbox_reg[3].fi1hot.fwd_sel_one_hot_r[15]  <= fwd_sel[6];
  assign \sbox[3].fi1hot.fwd_sel_one_hot_r [15] = \sbox_reg[3].fi1hot.fwd_sel_one_hot_r[15] ;
  reg \sbox_reg[3].fi1hot.fwd_sel_one_hot_r[12] ;
  
  always @(posedge clk_i)
    if (fwd_sel[7]) \sbox_reg[3].fi1hot.fwd_sel_one_hot_r[12]  <= 1'h0;
    else \sbox_reg[3].fi1hot.fwd_sel_one_hot_r[12]  <= _321_;
  assign \sbox[3].fi1hot.fwd_sel_one_hot_r [12] = \sbox_reg[3].fi1hot.fwd_sel_one_hot_r[12] ;
  reg \sbox_reg[3].fi1hot.fwd_sel_one_hot_r[13] ;
  
  always @(posedge clk_i)
    if (fwd_sel[7]) \sbox_reg[3].fi1hot.fwd_sel_one_hot_r[13]  <= 1'h0;
    else \sbox_reg[3].fi1hot.fwd_sel_one_hot_r[13]  <= fwd_sel[6];
  assign \sbox[3].fi1hot.fwd_sel_one_hot_r [13] = \sbox_reg[3].fi1hot.fwd_sel_one_hot_r[13] ;
  reg \sbox_reg[3].fi1hot.fwd_sel_one_hot_r[14] ;
  
  always @(posedge clk_i)
    if (!fwd_sel[7]) \sbox_reg[3].fi1hot.fwd_sel_one_hot_r[14]  <= 1'h0;
    else \sbox_reg[3].fi1hot.fwd_sel_one_hot_r[14]  <= _321_;
  assign \sbox[3].fi1hot.fwd_sel_one_hot_r [14] = \sbox_reg[3].fi1hot.fwd_sel_one_hot_r[14] ;
  reg \sbox_reg[2].fi1hot.fwd_sel_one_hot_r[8] ;
  
  always @(posedge clk_i)
    if (fwd_sel[5]) \sbox_reg[2].fi1hot.fwd_sel_one_hot_r[8]  <= 1'h0;
    else \sbox_reg[2].fi1hot.fwd_sel_one_hot_r[8]  <= _320_;
  assign \sbox[2].fi1hot.fwd_sel_one_hot_r [8] = \sbox_reg[2].fi1hot.fwd_sel_one_hot_r[8] ;
  reg \sbox_reg[2].fi1hot.fwd_sel_one_hot_r[9] ;
  
  always @(posedge clk_i)
    if (fwd_sel[5]) \sbox_reg[2].fi1hot.fwd_sel_one_hot_r[9]  <= 1'h0;
    else \sbox_reg[2].fi1hot.fwd_sel_one_hot_r[9]  <= fwd_sel[4];
  assign \sbox[2].fi1hot.fwd_sel_one_hot_r [9] = \sbox_reg[2].fi1hot.fwd_sel_one_hot_r[9] ;
  reg \sbox_reg[2].fi1hot.fwd_sel_one_hot_r[10] ;
  
  always @(posedge clk_i)
    if (!fwd_sel[5]) \sbox_reg[2].fi1hot.fwd_sel_one_hot_r[10]  <= 1'h0;
    else \sbox_reg[2].fi1hot.fwd_sel_one_hot_r[10]  <= _320_;
  assign \sbox[2].fi1hot.fwd_sel_one_hot_r [10] = \sbox_reg[2].fi1hot.fwd_sel_one_hot_r[10] ;
  reg \sbox_reg[1].fi1hot.fwd_sel_one_hot_r[4] ;
  
  always @(posedge clk_i)
    if (fwd_sel[3]) \sbox_reg[1].fi1hot.fwd_sel_one_hot_r[4]  <= 1'h0;
    else \sbox_reg[1].fi1hot.fwd_sel_one_hot_r[4]  <= _319_;
  assign \sbox[1].fi1hot.fwd_sel_one_hot_r [4] = \sbox_reg[1].fi1hot.fwd_sel_one_hot_r[4] ;
  reg \sbox_reg[1].fi1hot.fwd_sel_one_hot_r[5] ;
  
  always @(posedge clk_i)
    if (fwd_sel[3]) \sbox_reg[1].fi1hot.fwd_sel_one_hot_r[5]  <= 1'h0;
    else \sbox_reg[1].fi1hot.fwd_sel_one_hot_r[5]  <= fwd_sel[2];
  assign \sbox[1].fi1hot.fwd_sel_one_hot_r [5] = \sbox_reg[1].fi1hot.fwd_sel_one_hot_r[5] ;
  reg \sbox_reg[1].fi1hot.fwd_sel_one_hot_r[6] ;
  
  always @(posedge clk_i)
    if (!fwd_sel[3]) \sbox_reg[1].fi1hot.fwd_sel_one_hot_r[6]  <= 1'h0;
    else \sbox_reg[1].fi1hot.fwd_sel_one_hot_r[6]  <= _319_;
  assign \sbox[1].fi1hot.fwd_sel_one_hot_r [6] = \sbox_reg[1].fi1hot.fwd_sel_one_hot_r[6] ;
  
  always @(posedge clk_i)
    if (fwd_sel[1]) \sbox[0].fi1hot.fwd_sel_one_hot_r [0] <= 1'h0;
    else \sbox[0].fi1hot.fwd_sel_one_hot_r [0] <= _318_;
  
  always @(posedge clk_i)
    if (fwd_sel[1]) \sbox[0].fi1hot.fwd_sel_one_hot_r [1] <= 1'h0;
    else \sbox[0].fi1hot.fwd_sel_one_hot_r [1] <= fwd_sel[0];
  
  always @(posedge clk_i)
    if (!fwd_sel[1]) \sbox[0].fi1hot.fwd_sel_one_hot_r [2] <= 1'h0;
    else \sbox[0].fi1hot.fwd_sel_one_hot_r [2] <= _318_;
  
  always @(posedge clk_i)
    fwd_sel_r[0] <= fwd_sel[0];
  
  always @(posedge clk_i)
    fwd_sel_r[1] <= fwd_sel[1];
  
  always @(posedge clk_i)
    fwd_sel_r[2] <= fwd_sel[2];
  
  always @(posedge clk_i)
    fwd_sel_r[3] <= fwd_sel[3];
  
  always @(posedge clk_i)
    fwd_sel_r[4] <= fwd_sel[4];
  
  always @(posedge clk_i)
    fwd_sel_r[5] <= fwd_sel[5];
  
  always @(posedge clk_i)
    fwd_sel_r[6] <= fwd_sel[6];
  
  always @(posedge clk_i)
    fwd_sel_r[7] <= fwd_sel[7];
  reg \fwd_dpath_sel_r_reg[0] ;
  
  always @(posedge clk_i)
    \fwd_dpath_sel_r_reg[0]  <= fwd_dpath_sel[0];
  assign fwd_dpath_sel_r[0] = \fwd_dpath_sel_r_reg[0] ;
  reg \fwd_dpath_sel_r_reg[1] ;
  
  always @(posedge clk_i)
    \fwd_dpath_sel_r_reg[1]  <= fwd_dpath_sel[1];
  assign fwd_dpath_sel_r[1] = \fwd_dpath_sel_r_reg[1] ;
  reg \fwd_dpath_sel_r_reg[2] ;
  
  always @(posedge clk_i)
    \fwd_dpath_sel_r_reg[2]  <= fwd_dpath_sel[2];
  assign fwd_dpath_sel_r[2] = \fwd_dpath_sel_r_reg[2] ;
  reg \fwd_dpath_sel_r_reg[3] ;
  
  always @(posedge clk_i)
    \fwd_dpath_sel_r_reg[3]  <= fwd_dpath_sel[3];
  assign fwd_dpath_sel_r[3] = \fwd_dpath_sel_r_reg[3] ;
  reg \fwd_dpath_sel_r_reg[4] ;
  
  always @(posedge clk_i)
    \fwd_dpath_sel_r_reg[4]  <= fwd_dpath_sel[4];
  assign fwd_dpath_sel_r[4] = \fwd_dpath_sel_r_reg[4] ;
  
  always @(posedge clk_i)
    bk_sel_r[0] <= bk_sel[0];
  
  always @(posedge clk_i)
    bk_sel_r[1] <= bk_sel[1];
  
  always @(posedge clk_i)
    bk_sel_r[2] <= bk_sel[2];
  
  always @(posedge clk_i)
    bk_sel_r[3] <= bk_sel[3];
  
  always @(posedge clk_i)
    bk_sel_r[4] <= bk_sel[4];
  
  always @(posedge clk_i)
    bk_sel_r[5] <= bk_sel[5];
  
  always @(posedge clk_i)
    bk_sel_r[6] <= bk_sel[6];
  
  always @(posedge clk_i)
    bk_sel_r[7] <= bk_sel[7];
  reg \bk_dpath_sel_r_reg[2] ;
  
  always @(posedge clk_i)
    \bk_dpath_sel_r_reg[2]  <= bk_dpath_sel[2];
  assign bk_dpath_sel_r[2] = \bk_dpath_sel_r_reg[2] ;
  reg \bk_dpath_sel_r_reg[4] ;
  
  always @(posedge clk_i)
    \bk_dpath_sel_r_reg[4]  <= bk_dpath_sel[4];
  assign bk_dpath_sel_r[4] = \bk_dpath_sel_r_reg[4] ;
  reg \bk_dpath_sel_r_reg[5] ;
  
  always @(posedge clk_i)
    \bk_dpath_sel_r_reg[5]  <= bk_dpath_sel[5];
  assign bk_dpath_sel_r[5] = \bk_dpath_sel_r_reg[5] ;
  reg \bk_dpath_sel_r_reg[6] ;
  
  always @(posedge clk_i)
    \bk_dpath_sel_r_reg[6]  <= bk_dpath_sel[6];
  assign bk_dpath_sel_r[6] = \bk_dpath_sel_r_reg[6] ;
  reg \bk_dpath_sel_r_reg[7] ;
  
  always @(posedge clk_i)
    \bk_dpath_sel_r_reg[7]  <= bk_dpath_sel[7];
  assign bk_dpath_sel_r[7] = \bk_dpath_sel_r_reg[7] ;
  (* module_not_derived = 32'd1 *)
  
  \$paramod\bsg_scatter_gather\vec_size_lp=s32'00000000000000000000000000000100  bsg (
    .bk_datapath_o(bk_dpath_sel),
    .bk_o(bk_sel),
    .fwd_datapath_o(fwd_dpath_sel),
    .fwd_o(fwd_sel),
    .vec_i(channel_active_i)
  );
  assign in_data_o[63:48] = in_data_i[63:48];
  assign \in_data_o_int[0]  = in_data_o[15:0];
  assign \in_data_o_int[1]  = in_data_o[31:16];
  assign \in_data_o_int[2]  = in_data_o[47:32];
  assign \in_data_o_int[3]  = in_data_i[63:48];
  assign in_v_o_int = in_v_o;
  assign in_yumi_i_int = in_yumi_i;
  assign \out_me_data_i_int[0]  = out_me_data_i[15:0];
  assign \out_me_data_i_int[1]  = out_me_data_i[31:16];
  assign \out_me_data_i_int[2]  = out_me_data_i[47:32];
  assign \out_me_data_i_int[3]  = out_me_data_i[63:48];
  assign out_me_data_o[15:0] = out_me_data_i[15:0];
  assign out_me_ready_o_int = out_me_ready_o;
  assign out_me_v_i_int = out_me_v_i;
  assign \sbox[0].backward[0]  = out_me_data_i[15:0];
  assign \sbox[0].forward[0]  = in_data_i[15:0];
  assign \sbox[0].forward[1]  = in_data_i[31:16];
  assign \sbox[0].forward[2]  = in_data_i[47:32];
  assign \sbox[0].forward[3]  = in_data_i[63:48];
  assign \sbox[1].backward[0]  = out_me_data_i[15:0];
  assign \sbox[1].backward[1]  = out_me_data_i[31:16];
  assign \sbox[1].fi1hot.fwd_sel_one_hot_r [3:0] = 4'hx;
  assign \sbox[1].forward[0]  = in_data_i[31:16];
  assign \sbox[1].forward[1]  = in_data_i[47:32];
  assign \sbox[1].forward[2]  = in_data_i[63:48];
  assign \sbox[2].backward[0]  = out_me_data_i[15:0];
  assign \sbox[2].backward[1]  = out_me_data_i[31:16];
  assign \sbox[2].backward[2]  = out_me_data_i[47:32];
  assign { \sbox[2].fi1hot.fwd_sel_one_hot_r [15:12], \sbox[2].fi1hot.fwd_sel_one_hot_r [7:0] } = 12'hxxx;
  assign \sbox[2].forward[0]  = in_data_i[47:32];
  assign \sbox[2].forward[1]  = in_data_i[63:48];
  assign \sbox[3].backward[0]  = out_me_data_i[15:0];
  assign \sbox[3].backward[1]  = out_me_data_i[31:16];
  assign \sbox[3].backward[2]  = out_me_data_i[47:32];
  assign \sbox[3].backward[3]  = out_me_data_i[63:48];
  assign \sbox[3].fi1hot.fwd_sel_one_hot_r [11:0] = 12'hxxx;
  assign \sbox[3].forward[0]  = in_data_i[63:48];
endmodule